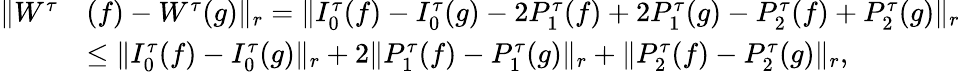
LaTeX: \begin{array}{rl}{\| W^{\tau}}&{(f)-W^{\tau}(g)\| _{r}=\| I_{0}^{\tau}(f)-I_{0}^{\tau}(g)-2P_{1}^{\tau}(f)+2P_{1}^{\tau}(g)-P_{2}^{\tau}(f)+P_{2}^{\tau}(g)\| _{r}}\\ &{\le\| I_{0}^{\tau}(f)-I_{0}^{\tau}(g)\| _{r}+2\| P_{1}^{\tau}(f)-P_{1}^{\tau}(g)\| _{r}+\| P_{2}^{\tau}(f)-P_{2}^{\tau}(g)\| _{r},}\end{array}